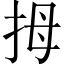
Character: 拇